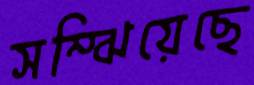
সম্‌ঝিয়েছে